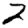
Digit: 2